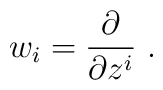
w_i=\frac{\partial }{\partial z^i }\ .